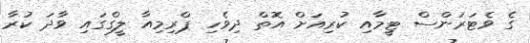
ގެ ވެޓަރަންސް ޓިީމާއި ކުރިއަށް އޮތް ދިވެހި ޕްރިމިއާ ލީގްގައި ވާދަ ކުރާ